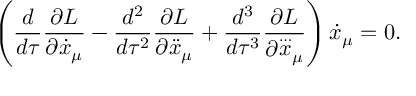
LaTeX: \left( \frac { d } { d \tau } \frac { \partial L } { \partial { \dot { x } } _ { \mu } } - \frac { d ^ { 2 } } { d \tau ^ { 2 } } \frac { \partial L } { \partial { \ddot { x } } _ { \mu } } + \frac { d ^ { 3 } } { d \tau ^ { 3 } } \frac { \partial L } { \partial { \stackrel { \ldots } { x } } _ { \mu } } \right) { \dot { x } } _ { \mu } = 0 .